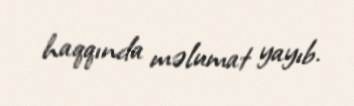
haqqında məlumat yayıb.